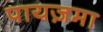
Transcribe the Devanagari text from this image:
पायज़मा